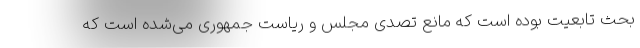
بحث تابعیت بوده است که مانع تصدی مجلس و ریاست جمهوری می‌شده است که